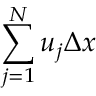
\sum _ { j = 1 } ^ { N } u _ { j } \Delta x